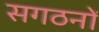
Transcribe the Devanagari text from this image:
सगठनों